Civil Veterinary Department Bengal reports 1933-51 - 1933-1951
Year: 1933
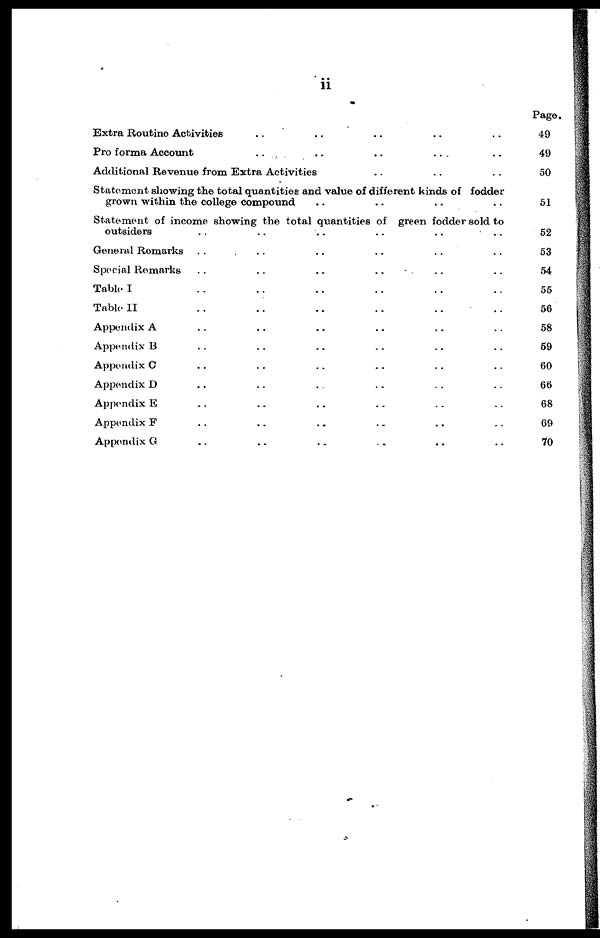
ii
Extra Routine Activities .. .. .. ..
Pro forma Account
..
..
..
..
Additional Revenue from Extra Activities .. .. ..
Statement showing the total quantities and value of different kinds of fodder
grown within the college compound .. .. .. ..
Statement of income showing the total quantities of green fodder sold to
outsiders .. .. .. ..
General Remarks .. .. .. ..
Special Remarks .. .. .. .. .. ..
Table I .. .. .. .. .. ..
Table II .. .. .. ..
Appendix A .. .. .. ..
Appendix B .. .. .. .. .. ..
Appendix C .. .. .. ..
Appendix D .. .. .. ..
Appendix E .. .. .. .. .. ..
Appendix F .. .. .. .. .. ..
Appendix G .. .. .. .. .. ..
Page
49
49
50
51
52
53
54
55
56
58
59
60
66
68
69
70